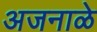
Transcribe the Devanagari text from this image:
अजनाळे